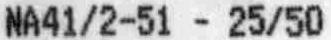
NA41/2-51 - 25/50